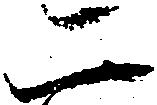
二